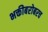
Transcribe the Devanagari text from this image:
भक्तीबरोबरच